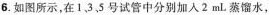
6.如图所示，在1、3、5号试管中分别加入2mL蒸馏水，